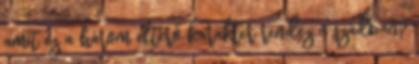
amit ez a három eltérő karakter rendez a szádban?